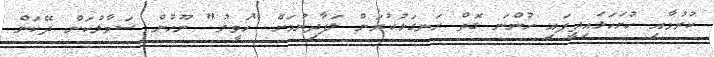
ކުރުމާއި ހުށަހަޅައިދީފައި ހުންނަ ގޮތް ރަނގަޅުކުރަން ލަފާދިނުމަށް "ހަވީރު" ނޫހުން ސަމާލުކަން ދޭކަން